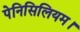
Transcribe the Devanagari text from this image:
पेनिसिलियम।